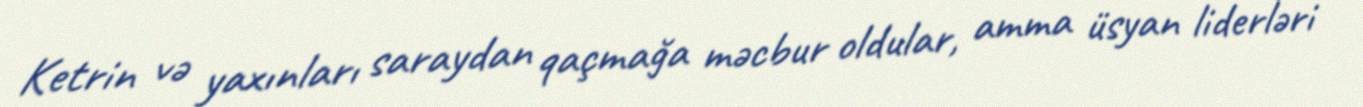
Ketrin və yaxınları saraydan qaçmağa məcbur oldular, amma üsyan liderləri